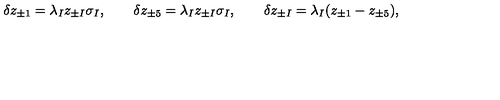
\delta z _ { \pm 1 } = \lambda _ { I } z _ { \pm I } \sigma _ { I } , \qquad \delta z _ { \pm 5 } = \lambda _ { I } z _ { \pm I } \sigma _ { I } , \qquad \delta z _ { \pm I } = \lambda _ { I } ( z _ { \pm 1 } - z _ { \pm 5 } ) ,